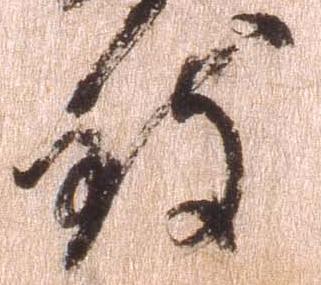
致